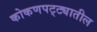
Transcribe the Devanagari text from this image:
कोकणपट्ट्यातील